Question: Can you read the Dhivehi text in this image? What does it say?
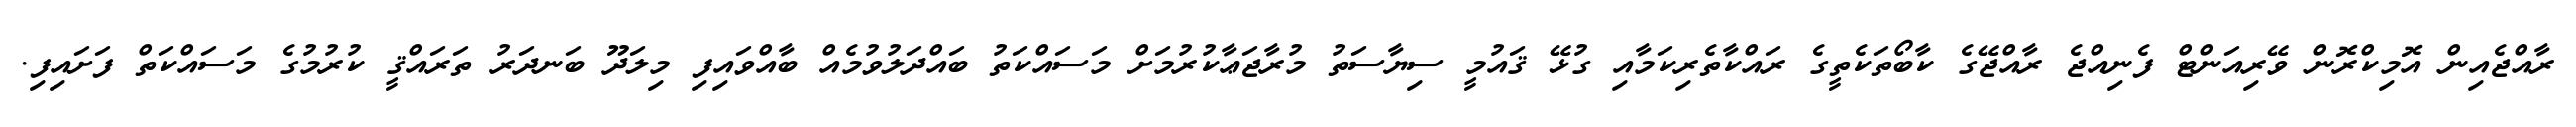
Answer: ރާއްޖެއިން އޮމިކްރޮން ވޭރިއަންޓް ފެނިއްޖެ ރާއްޖޭގެ ކާބޯތަކެތީގެ ރައްކާތެރިކަމާއި ގުޅޭ ޤައުމީ ސިޔާސަތު މުރާޖަޢާކުރުމަށް މަސައްކަތު ބައްދަލުވުމެއް ބާއްވައިފި މިލަދޫ ބަނދަރު ތަރައްޤީ ކުރުމުގެ މަސައްކަތް ފަށައިފި.